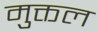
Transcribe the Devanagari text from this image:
मुक्तल